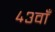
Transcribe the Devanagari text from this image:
४३वाँ